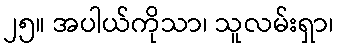
၂၅။ အပါယ်ကိုသာ၊ သူလမ်းရှာ၊